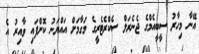
އޭނާ މިހާރު ސީބީއެމްގެ ޖެނެރަލް ސެކްރެޓެރީގެ މަގާމަށް އައްޔަނު ކޮށްފައި ވާއިރު އެ